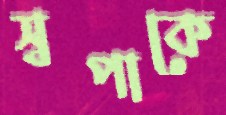
স্বপাকে